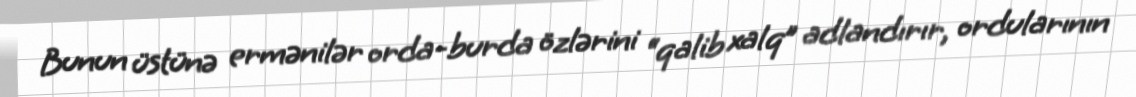
Bunun üstünə ermənilər orda-burda özlərini “qalib xalq” adlandırır, ordularının